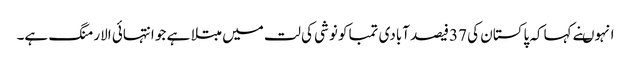
انہوںنے کہاکہ پاکستان کی 37فیصد آبادی تمباکو نوشی کی لت میں مبتلا ہے جو انتہائی الارمنگ ہے۔